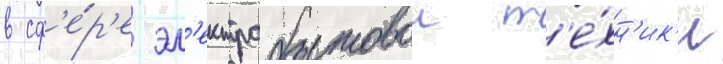
в сф'е́р'е эл'ектробытовои т'е́хн'ик'и